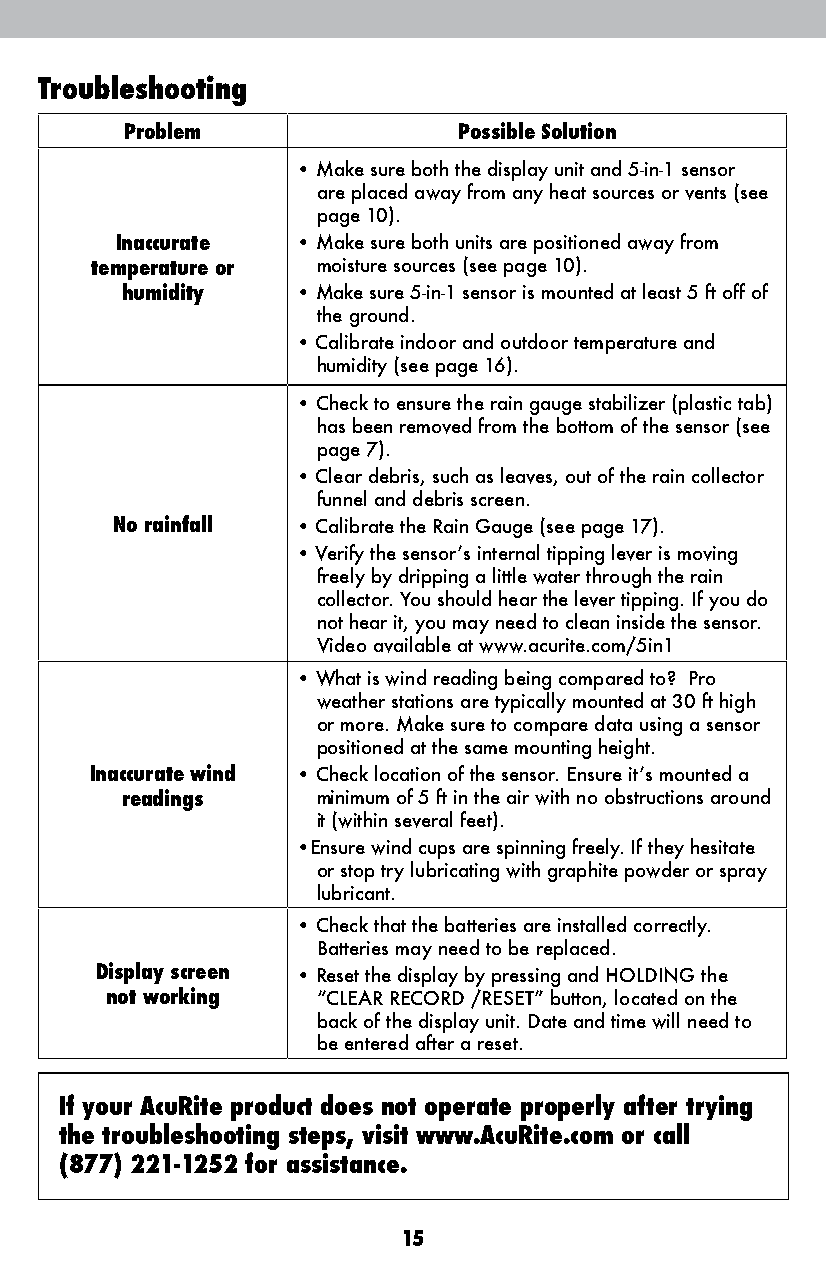
Troubleshooting
 Problem               Possible Solution
 • M ake sure both the display unit and 5-in-1 sensor
 are placed away from any heat sources or vents (see
 page 10).
 Inaccurate  • M ake sure both units are positioned away from
 temperature or moisture sources (see page 10).
 humidity    • M ake sure 5-in-1 sensor is mounted at least 5 ft off of
 the ground.
 • Calibrate indoor and outdoor temperature and
 humidity (see page 16).
 • Check to ensure the rain gauge stabilizer (plastic tab)
 has been removed from the bottom of the sensor (see
 page 7).
 • Clear debris, such as leaves, out of the rain collector
 funnel and debris screen.
 No rainfall  • Calibrate the Rain Gauge (see page 17).
 • Verify the sensor’s internal tipping lever is moving
 freely by dripping a little water through the rain
 collector. You should hear the lever tipping. If you do
 not hear it, you may need to clean inside the sensor.
 Video available at www.acurite.com/5in1
 • W hat is wind reading being compared to? Pro
 weather stations are typically mounted at 30 ft high
 or more. Make sure to compare data using a sensor
 positioned at the same mounting height.
 Inaccurate wind • C heck location of the sensor. Ensure it’s mounted a
 readings     minimum of 5 ft in the air with no obstructions around
 it (within several feet).
 • Ensure wind cups are spinning freely. If they hesitate
 or stop try lubricating with graphite powder or spray
 lubricant.
 • C heck that the batteries are installed correctly.
 Batteries may need to be replaced.
 Display screen • R eset the display by pressing and HOLDING the
 not working   “CLEAR RECORD /RESET” button, located on the
 back of the display unit. Date and time will need to
 be entered after a reset.
 If your AcuRite product does not operate properly after trying
 the troubleshooting steps, visit www.AcuRite.com or call
 (877) 221-1252 for assistance.
 15